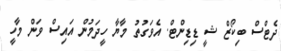
ދެޓްސް ބިކޯޒް ޝީ ޑިޑިންޓް. އެވަގުތު މާޔާ ހީދަމުން އައިސް ވަން މާހީ